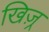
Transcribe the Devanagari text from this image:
खिज़्र